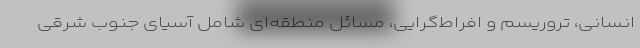
انسانی، تروریسم و افراط‌گرایی، مسائل منطقه‌ای شامل آسیای جنوب شرقی